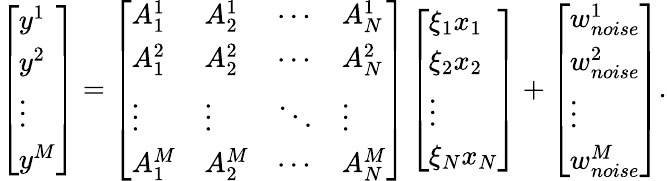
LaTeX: \left[\begin{array}{l}{y^{1}}\\ {y^{2}}\\ {\vdots}\\ {y^{M}}\end{array}\right]=\left[\begin{array}{llll}{A_{1}^{1}}&{A_{2}^{1}}&{\cdots}&{A_{N}^{1}}\\ {A_{1}^{2}}&{A_{2}^{2}}&{\cdots}&{A_{N}^{2}}\\ {\vdots}&{\vdots}&{\ddots}&{\vdots}\\ {A_{1}^{M}}&{A_{2}^{M}}&{\cdots}&{A_{N}^{M}}\end{array}\right]\left[\begin{array}{l}{\xi_{1}x_{1}}\\ {\xi_{2}x_{2}}\\ {\vdots}\\ {\xi_{N}x_{N}}\end{array}\right]+\left[\begin{array}{l}{w_{noise}^{1}}\\ {w_{noise}^{2}}\\ {\vdots}\\ {w_{noise}^{M}}\end{array}\right].